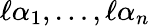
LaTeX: \ell\alpha_{1},\ldots,\ell\alpha_{n}